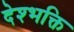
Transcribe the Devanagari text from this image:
देश्भक्ति